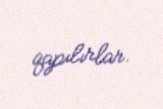
qapılırlar.